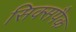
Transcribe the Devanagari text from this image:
सिक्सपैक